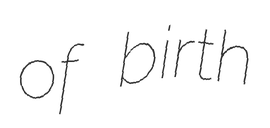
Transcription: of birth